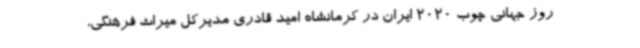
روز جهانی چوب 2020 ایران در کرمانشاه امید قادری مدیرکل میراث فرهنگی،